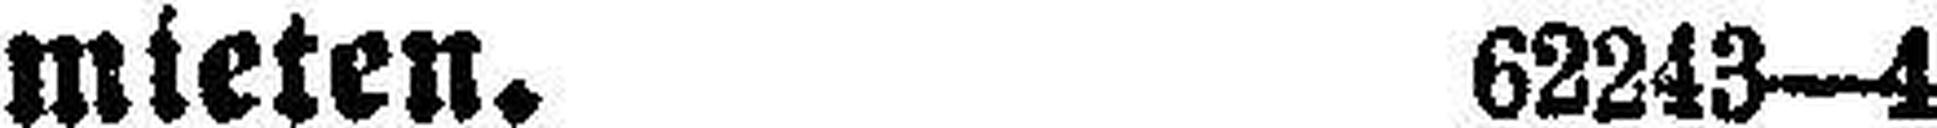
mieten. 62243—4